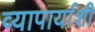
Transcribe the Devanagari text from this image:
व्यापार्याशी